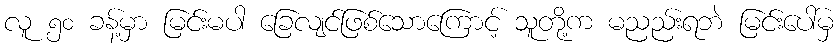
လူ ၅၀ ခန့်မှာ မြင်းမပါ ခြေလျင်ဖြစ်သောကြောင့် သူတို့က မညည်းရဘဲ မြင်းပေါ်မှ